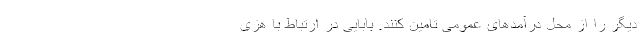
دیگر را از محل درآمدهای عمومی تامین کنند. بابایی در ارتباط با هزی